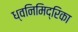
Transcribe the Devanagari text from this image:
ध्वनिमिद्रिका